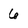
Character: 6